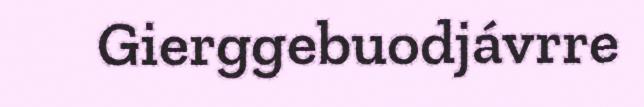
Gierggebuodjávrre